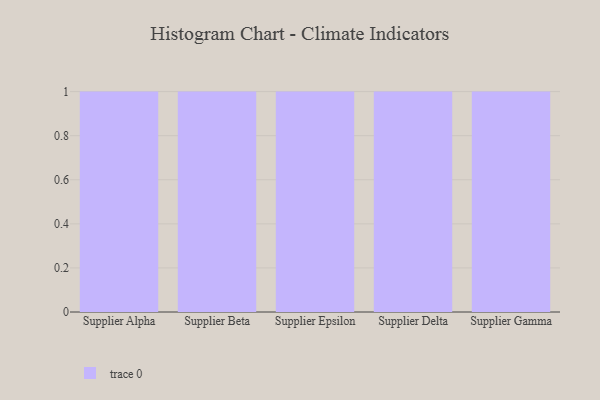
{"axis": {"x": "Supplier", "y": "Conversion Rate (%)"}, "legend": [""], "data": [{"x": "Supplier Alpha", "y": 41, "type": ""}, {"x": "Supplier Beta", "y": 17, "type": ""}, {"x": "Supplier Epsilon", "y": 53, "type": ""}, {"x": "Supplier Delta", "y": 7, "type": ""}, {"x": "Supplier Gamma", "y": 26, "type": ""}]}